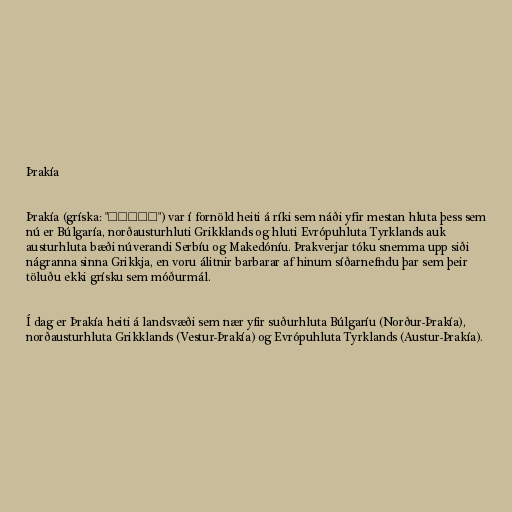
Þrakía

Þrakía (gríska: "Θρᾴκη") var í fornöld heiti á ríki sem náði yfir mestan hluta þess sem
nú er Búlgaría, norðausturhluti Grikklands og hluti Evrópuhluta Tyrklands auk
austurhluta bæði núverandi Serbíu og Makedóníu. Þrakverjar tóku snemma upp siði
nágranna sinna Grikkja, en voru álitnir barbarar af hinum síðarnefndu þar sem þeir
töluðu ekki grísku sem móðurmál.

Í dag er Þrakía heiti á landsvæði sem nær yfir suðurhluta Búlgaríu (Norður-Þrakía),
norðausturhluta Grikklands (Vestur-Þrakía) og Evrópuhluta Tyrklands (Austur-Þrakía).